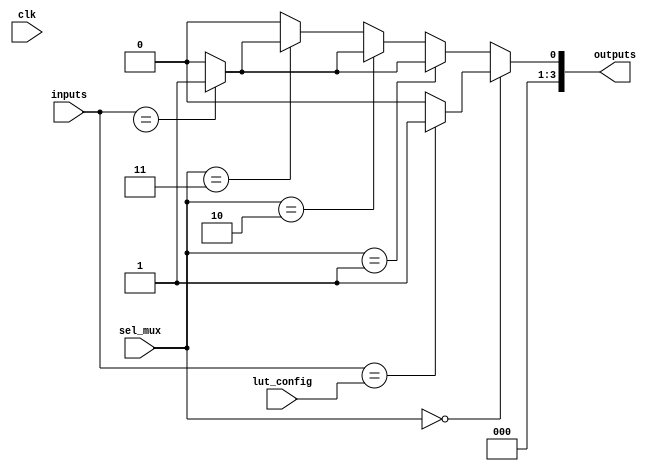
module CLB (
    input wire [3:0] inputs,       // 4 input lines
    input wire [1:0] sel_mux,      // 2-bit selector for the multiplexer
    input wire [3:0] lut_config,    // LUT configuration (4 LUTs, 16 bits each)
    input wire clk,                // Clock for control logic
    output wire [3:0] outputs      // 4 output lines
);

// LUTs
wire [15:0] lut_out [3:0]; // 4 LUTs with 16 possible outputs

// Instantiate LUTs
genvar i;
generate
    for (i = 0; i < 4; i = i + 1) begin: lut
        assign lut_out[i] = (inputs == lut_config[(i+1)*4-1:i*4]) ? 1'b1 : 1'b0;
    end
endgenerate

// Multiplexer to select outputs from LUTs
wire [3:0] mux_out;
assign mux_out = (sel_mux == 2'b00) ? lut_out[0] :
                 (sel_mux == 2'b01) ? lut_out[1] :
                 (sel_mux == 2'b10) ? lut_out[2] :
                 (sel_mux == 2'b11) ? lut_out[3] : 4'b0000;

// Feedback paths (if necessary, can be modified according to design)
wire feedback;
assign feedback = outputs[0]; // Example feedback to the first LUT

// Control logic (simplified for illustration)
always @(posedge clk) begin
    // Control logic to manage configuration and feedback
    // This can be expanded to include dynamic reconfiguration
end

// Assign outputs
assign outputs = mux_out;

endmodule